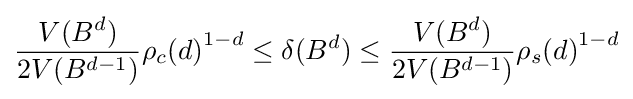
{\frac {V(B^{d})}{2V(B^{d-1})}}{\rho _{c}(d)}^{1-d}\leq \delta (B^{d})\leq {\frac {V(B^{d})}{2V(B^{d-1})}}{\rho _{s}(d)}^{1-d}